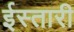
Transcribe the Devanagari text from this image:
ईस्तारी